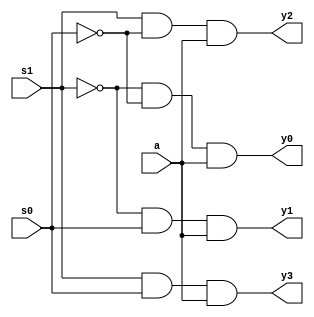
`timescale 1ns / 1ps

module demux(
input s1, s0, a,
output y3, y2, y1, y0
    );
assign y0 = ~s1 & ~s0 & a;
assign y1 = ~s1 & s0 & a;
assign y2 = s1 & ~s0 & a;
assign y3 = s1 & s0 & a;
endmodule